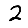
Digit: 2